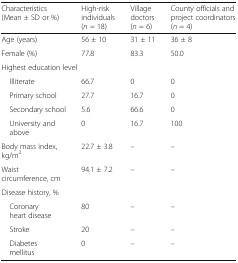
<table><thead><tr><td><b>Characteristics (Mean ± SD or %)</b></td><td><b>High-risk individuals (<i>n</i> = 18)</b></td><td><b>Village doctors (<i>n</i> = 6)</b></td><td><b>County officials and project coordinators (<i>n</i> = 4)</b></td></tr></thead><tbody><tr><td>Age (years)</td><td>56 ± 10</td><td>31 ± 11</td><td>36 ± 8</td></tr><tr><td>Female (%)</td><td>77.8</td><td>83.3</td><td>50.0</td></tr><tr><td colspan="4">Highest education level</td></tr><tr><td> Illiterate</td><td>66.7</td><td>0</td><td>0</td></tr><tr><td> Primary school</td><td>27.7</td><td>16.7</td><td>0</td></tr><tr><td> Secondary school</td><td>5.6</td><td>66.6</td><td>0</td></tr><tr><td> University and above</td><td>0</td><td>16.7</td><td>100</td></tr><tr><td>Body mass index, kg/m<sup>2</sup></td><td>22.7 ± 3.8</td><td>–</td><td>–</td></tr><tr><td>Waist circumference, cm</td><td>94.1 ± 7.2</td><td>–</td><td>–</td></tr><tr><td colspan="4">Disease history, %</td></tr><tr><td> Coronary heart disease</td><td>80</td><td>–</td><td>–</td></tr><tr><td> Stroke</td><td>20</td><td>–</td><td>–</td></tr><tr><td> Diabetes mellitus</td><td>0</td><td>–</td><td>–</td></tr></tbody></table>